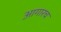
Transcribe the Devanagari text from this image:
आगारच